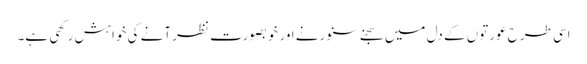
اسی طرح عورتوں کے دل میں سجنے سنورنے اور خوبصورت نظر آنے کی خواہش رکھی ہے۔